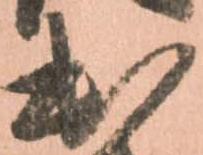
出